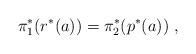
LaTeX: \begin{align*}\pi^*_1(r^*(a))=\pi^*_2(p^*(a))\;,\end{align*}